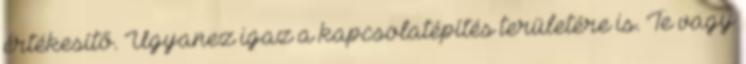
értékesítő. Ugyanez igaz a kapcsolatépítés területére is. Te vagy